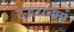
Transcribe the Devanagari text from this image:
उद्भटाचार्य